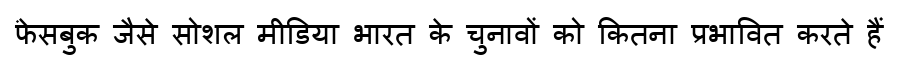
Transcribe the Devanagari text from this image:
फे़सबुक जैसे सोशल मीडिया भारत के चुनावों को कितना प्रभावित करते हैं